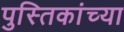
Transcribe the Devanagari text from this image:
पुस्तिकांच्‍या